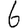
Digit: 6